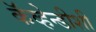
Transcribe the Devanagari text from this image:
कॅव्हेन्डीशी